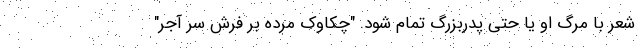
شعر با مرگ او یا حتی پدربزرگ تمام شود. "چکاوک مرده بر فرش سر آجر"